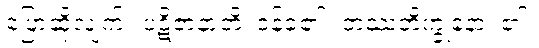
ပြောဆိုလျက်။ ပဋိဇာနာတိ၊ ဝန်ခံ၏။ တဿဘိက္ခုနော၊ ၏။